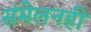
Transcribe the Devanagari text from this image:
संमेलनही